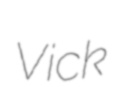
Vick